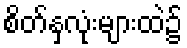
စိတ်နှလုံးများထဲ၌